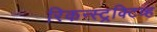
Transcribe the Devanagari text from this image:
रिकन्स्ट्रक्टिव्ह